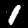
Label: 1